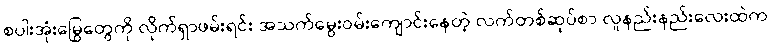
စပါးအုံးမြွေတွေကို လိုက်ရှာဖမ်းရင်း အသက်မွေးဝမ်းကျောင်းနေတဲ့ လက်တစ်ဆုပ်စာ လူနည်းနည်းလေးထဲက